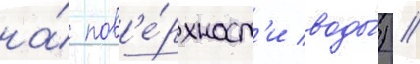
на́ пов'е́рхност'и воды́) //